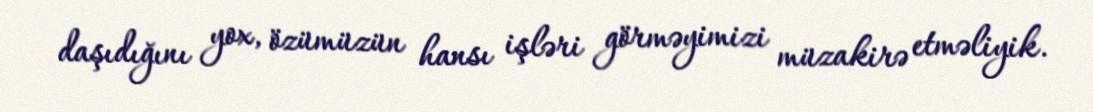
daşıdığını yox, özümüzün hansı işləri görməyimizi müzakirə etməliyik.